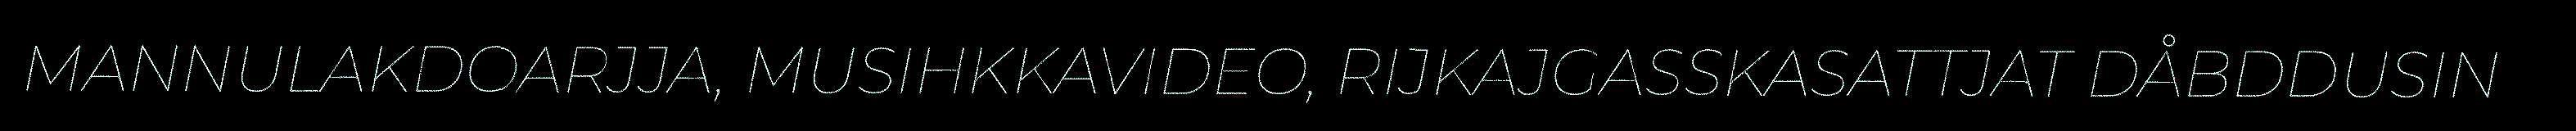
MANNULAKDOARJJA, MUSIHKKAVIDEO, RIJKAJGASSKASATTJAT DÅBDDUSIN